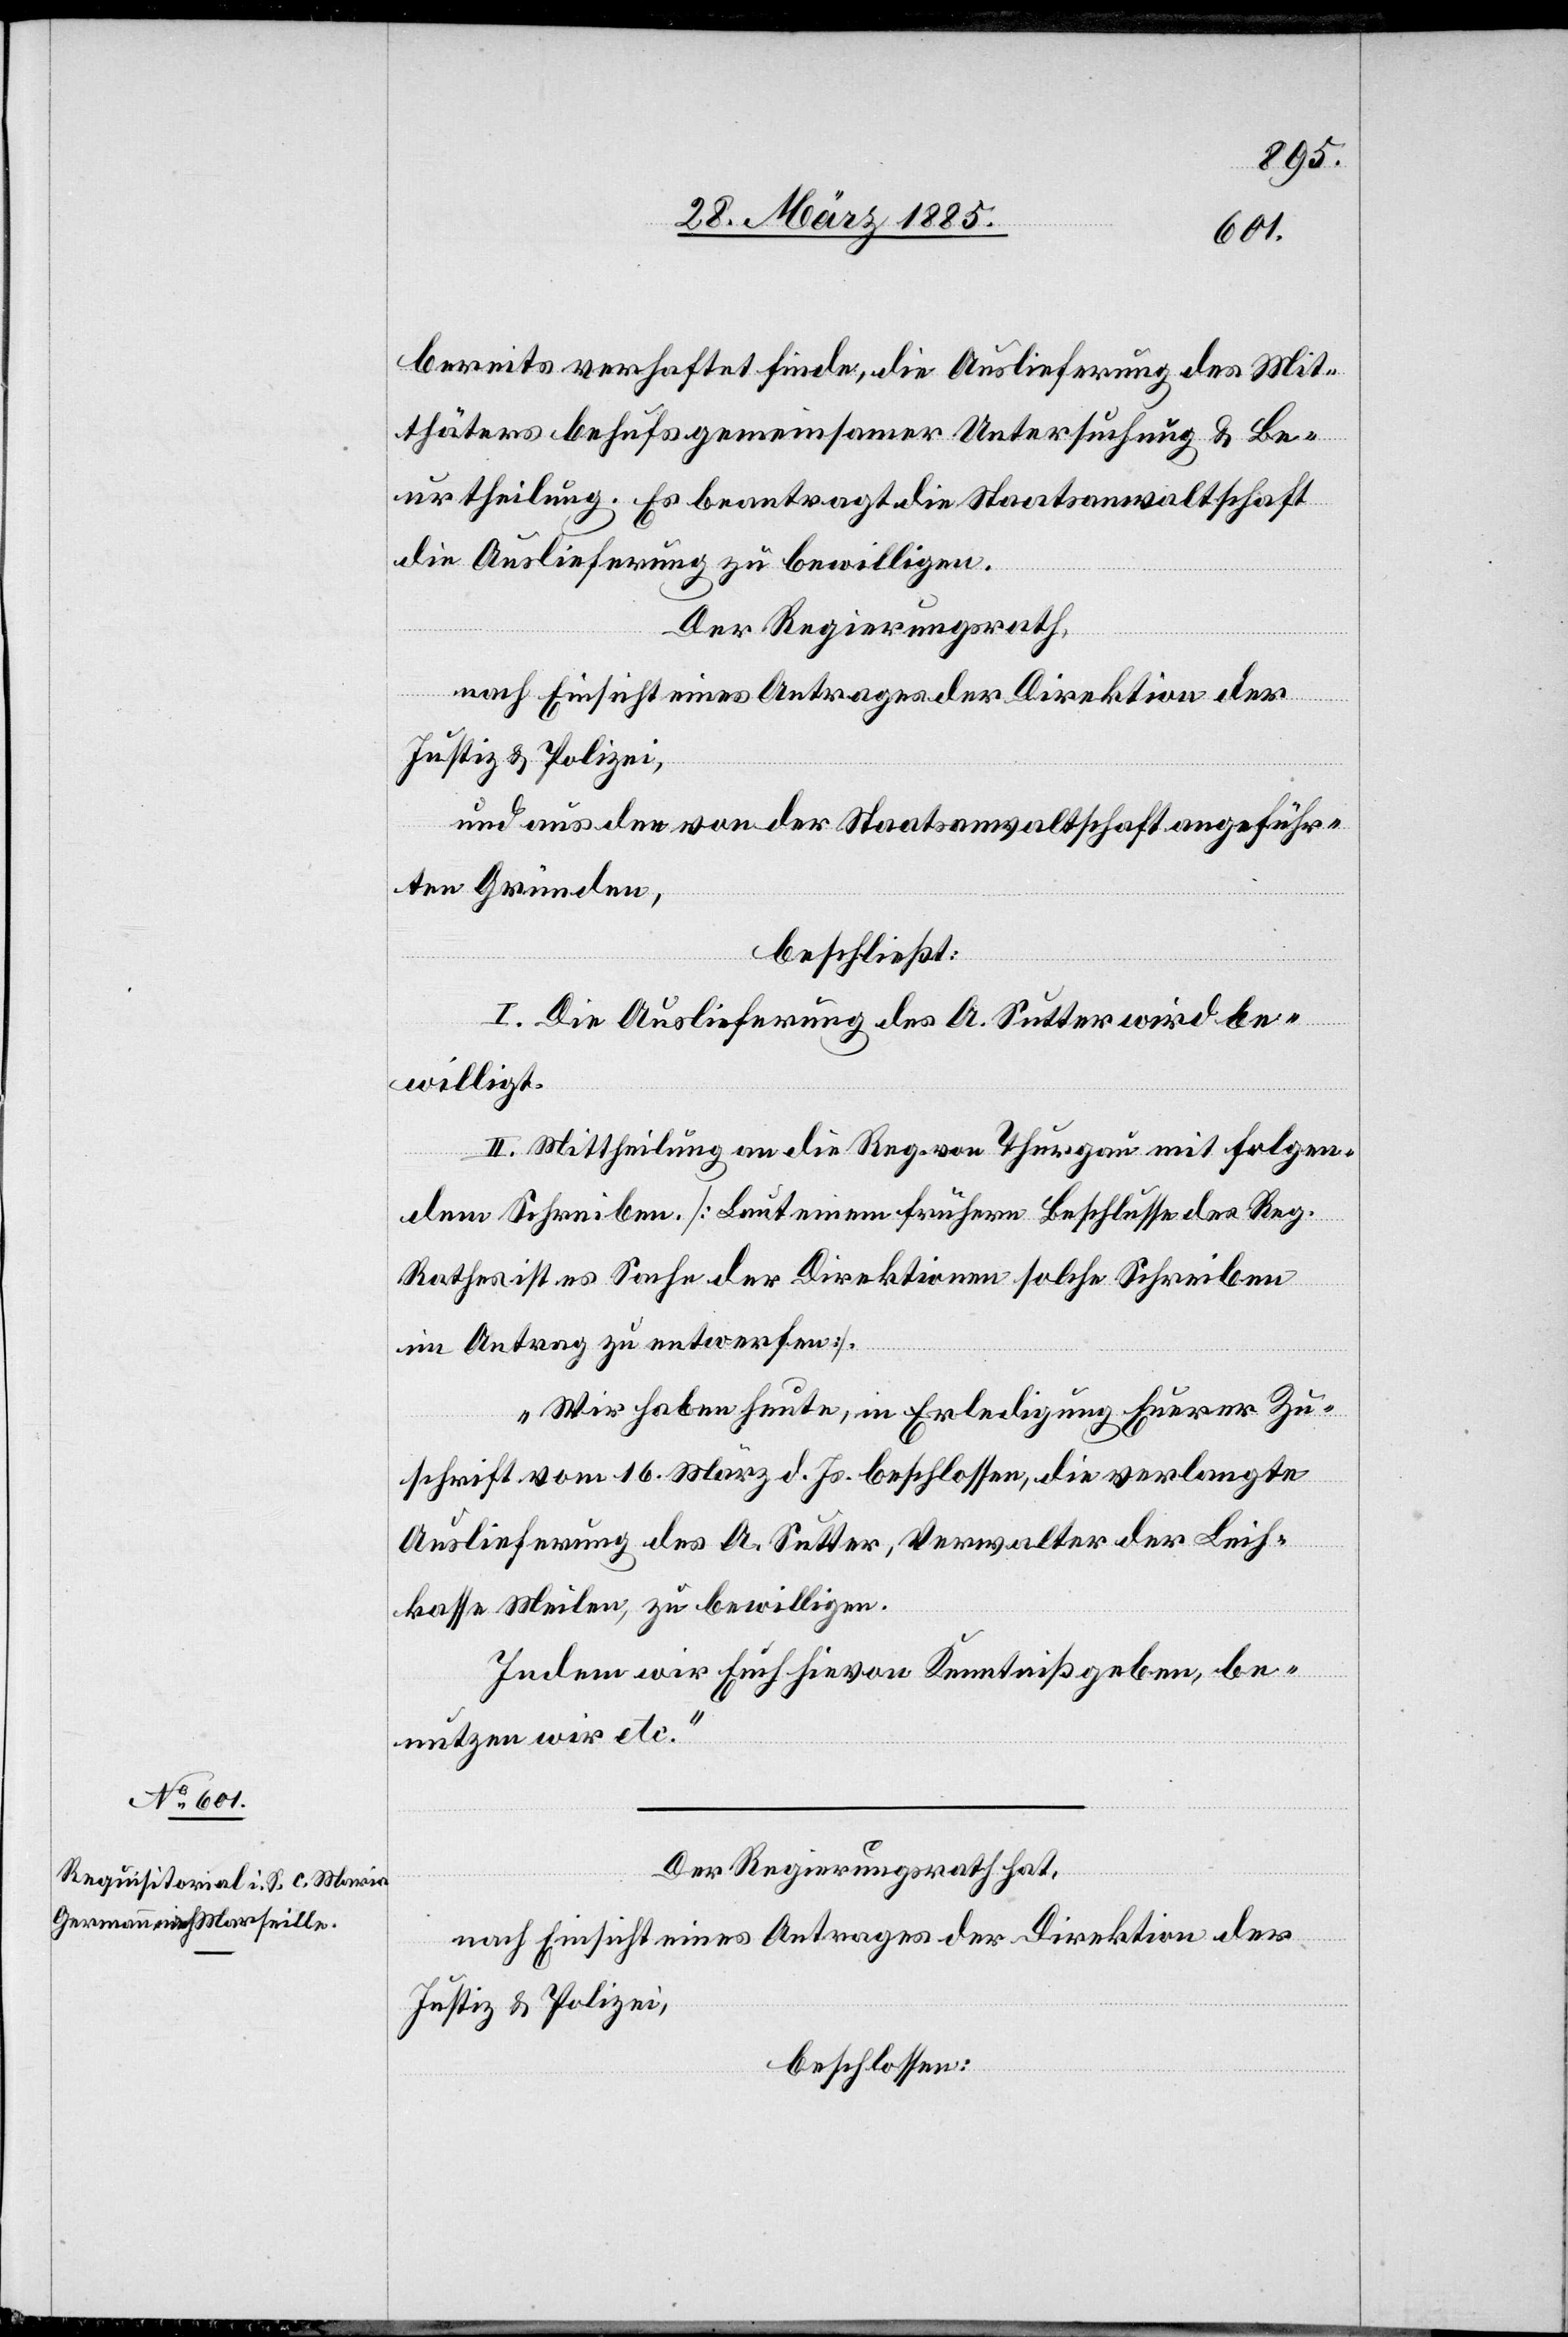
bereits verhaftet finde, die Auslieferung des Mit¬
thäters behufs gemeinsamer Untersuchung & Be¬
urtheilung. Es beantragt die Staatsanwaltschaft
die Auslieferung zu bewilligen.
Der Regierungsrath,
nach Einsicht eines Antrages der Direktion der
Justiz & Polizei,
und aus den von der Staatsanwaltschaft angeführ¬
ten Gründen,
beschließt:
I. Die Auslieferung des A. Sutter wird be¬
willigt.
II. Mittheilung an die Reg. von Thurgau mit folgen¬
dem Schreiben. [Laut einem frühern Beschlusse des Reg.
Rathes ist es Sache der Direktionen solche Schreiben
im Antrag zu entwerfen].
„Wir haben heute, in Erledigung Euerer Zu¬
schrift vom 16. März d. Js. beschlossen, die verlangte
Auslieferung des A. Sutter, Verwalter der Leich¬
kasse Meilen, zu bewilligen.
Indem wir Euch hievon Kenntniß geben, be¬
nutzen wir etc.“
Der Regierungsrath hat,
nach Einsicht eines Antrages der Direktion der
Justiz & Polizei,
beschlossen: